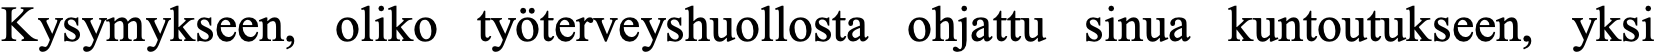
Kysymykseen, oliko työterveyshuollosta ohjattu sinua kuntoutukseen, yksi